Civil Veterinary Dept. Bombay admin report 1914-1922 - 1914-1922
Year: 1914
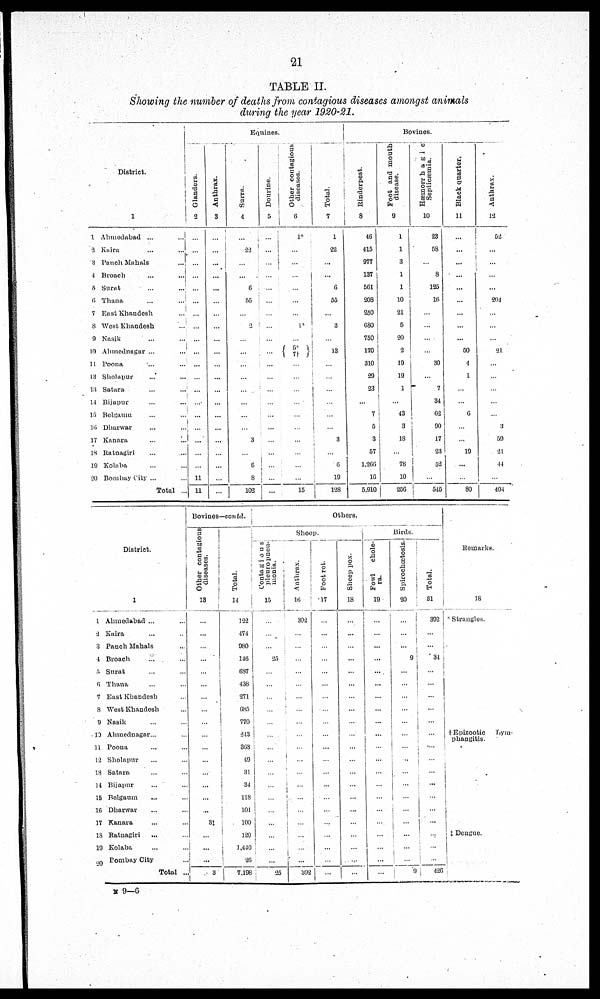
21
TABLE II.
Showing the number of deaths from contagious diseases amongst animals
during the year 1920-21.
District.
1
1
2
3
4
5
6
7
8
9
10
11
13
13
14
15
16
17
18
19
20
Ahmedabad ...
...
Kaira
...
...
Panch Mahals
...
Broach
...
...
Surat
...
...
Thana ... ...
East Khaudesh ...
West Khandesh ...
Nasik ... ...
Ahmednagar ... ...
Poona ... ...
Sholapur ... ...
Satara ... ...
Bijapur ... ...
Belgaum ... ...
Dharwar ... ...
Kanara ... ...
Ratnagiri ... ...
Kolaba ... ...
Bombay City ... ...
Total ...
Equines
Glanders.
2
...
...
...
...
...
...
...
...
...
...
...
...
...
...
...
...
...
...
...
11
11
Anthrax.
3
...
...
...
...
...
...
...
...
...
...
...
...
...
...
...
...
...
...
...
...
...
Surra.
4
...
22
...
...
6
55
...
2
...
...
...
...
...
...
...
...
3
...
6
8
102
Dourine.
5
...
...
...
...
...
...
...
...
...
...
...
...
...
...
...
...
...
...
...
...
...
Other contagious
diseases.
6
1*
...
...
...
...
...
...
1*
...
6*
7†
...
...
...
...
...
...
...
...
...
...
15
Total.
7
1
22
...
...
6
55
...
3
...
13
...
...
...
...
...
...
3
...
6
19
128
Bovines.
Rinderpest.
8
46
415
977
137
561
203
250
680
750
170
310
29
23
...
7
5
3
57
1,266
16
5,910
Foot and mouth
disease.
9
1
1
3
1
1
10
21
5
20
2
19
19
1
...
43
3
18
...
78
10
256
Hæmorrhagic
Septicæmia.
10
23
58
...
8
125
16
...
...
...
...
30
...
7
34
62
90
17
23
52
...
545
Black quarter.
11
...
...
...
...
...
...
...
...
....
50
4
1
...
...
6
...
...
19
...
...
80
Anthrax.
12
52
...
...
...
...
204
...
...
...
21
...
...
...
...
...
3
59
21
44
...
404
District.
1
1 Ahmedabad ... ..
2 Kaira ... ...
3 Panch Mahals ... ...
1 Broach
5 Surat ... ...
6 Thana ... ...
7 East Khandesh ...
8 West Khandesh ...
9 Nasik ... ...
10 Ahmednagar... ...
11 Poona ... ...
12 Sholapur ... ...
13 Satara ... ...
14 Bijapur ... ...
15 Belgaum ... ...
16 Dharwar ... ...
17 Kanara ... ...
18 Ratnagiri ... ...
19 Kolaba ... ...
20 Bombay City ...
Total ..
Bovines—contd.
Other contagious
diseases.
13
...
...
...
...
...
...
...
...
...
...
...
...
...
...
...
...
..3‡
...
...
...
...
Tot al .
14
122
474
980
146
687
438
271
685
770
243
363
49
31
34
118
101
100
120
1,440
26
7,198
Others.
Shoop.
Contagious
pleuropneu-
monia.
15
...
...
...
25
...
...
...
...
...
...
...
...
...
...
...
...
...
...
...
...
25
Anthrax.
16
392
...
...
...
...
...
...
...
...
...
...
...
...
...
...
...
...
...
...
...
392
Footrot.
17
...
...
...
...
...
...
...
...
...
...
...
...
...
...
...
...
...
...
...
...
...
Sheep pox.
18
...
...
...
...
...
...
...
...
...
...
...
...
...
...
...
...
...
...
...
...
.....
Birds.
Fowl
chole-
ra.
19
...
...
...
...
...
...
...
...
...
...
...
...
...
...
...
...
...
...
...
...
...
Spirochœtosis.
20
...
...
...
9
...
...
...
...
...
...
...
...
......
....
...
......
......
...
...
....
9
Total.
31
392
...
...
34
...
...
...
...
...
...
...
...
...
...
...
...
...
...
...
...
420
Remarks.
18
*Strangles.
†Epizootic
Lym-
phangitis.
‡Dengue.
N 9—6